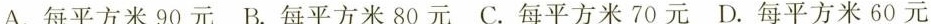
A.每平方米90元 B.每平方米80元 C.每平方米70元 D.每平方米60元